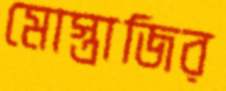
মোস্তাজির